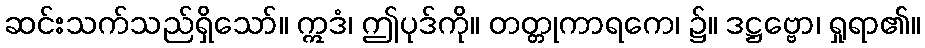
ဆင်းသက်သည်ရှိသော်။ ဣဒံ၊ ဤပုဒ်ကို။ တတ္တုကာရကေ၊ ၌။ ဒဋ္ဌဗ္ဗော၊ ရှုရာ၏။